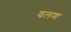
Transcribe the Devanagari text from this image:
वलण